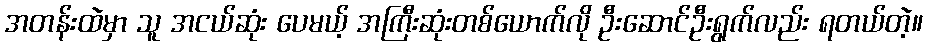
အတန်းထဲမှာ သူ အငယ်ဆုံး ပေမယ့် အကြီးဆုံးတစ်ယောက်လို ဦးဆောင်ဦးရွက်လည်း ရတယ်တဲ့။